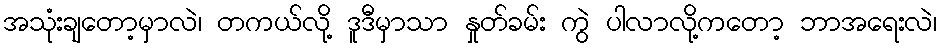
အသုံးချတော့မှာလဲ၊ တကယ်လို့ ဒူဒီမှာသာ နှုတ်ခမ်း ကွဲ ပါလာလို့ကတော့ ဘာအရေးလဲ၊